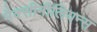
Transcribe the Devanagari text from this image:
मैक्सीमीलियन्स